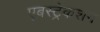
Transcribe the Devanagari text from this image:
एबस्ट्रेकशन